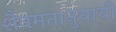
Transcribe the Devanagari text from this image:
शैवमतानुयायी